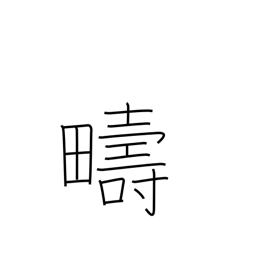
Meaning: same kind